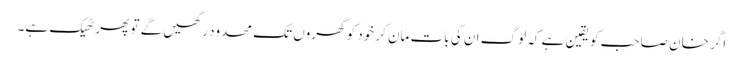
اگر خان صاحب کو یقین ہے کہ لوگ ان کی بات مان کر خود کو گھروں تک محدود رکھیں گے تو پھر ٹھیک ہے۔